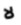
لا